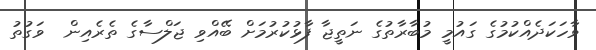
ވާހަކަދެއްކުމުގެ ގައުމީ މުބާރާތުގެ ނަތީޖާ ފާޅުކުރުމަށް ބޭއްވި ޖަލްސާގެ ތެރެއިން  ވަގުތު